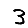
Digit: 3